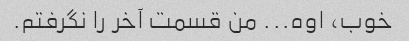
خوب، اوه... من قسمت آخر را نگرفتم.